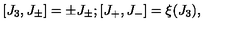
\lbrack J _ { 3 } , J _ { \pm } \rbrack = \pm J _ { \pm } ; \lbrack J _ { + } , J _ { - } \rbrack = \xi ( J _ { 3 } ) ,